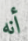
أنه